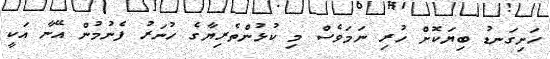
ހަށިގަނޑު ބިޔަކޮށް ހުރި ނަމަވެސް މި ކުޅުންތެރިޔާގެ ހުނަރު ފެނުމުން އޭނާ އަކީ